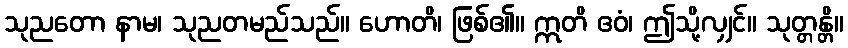
သုညတော နာမ၊ သုညတမည်သည်။ ဟောတိ၊ ဖြစ်၏။ ဣတိ ဧဝံ၊ ဤသို့လျှင်။ သုတ္တန္တိ။